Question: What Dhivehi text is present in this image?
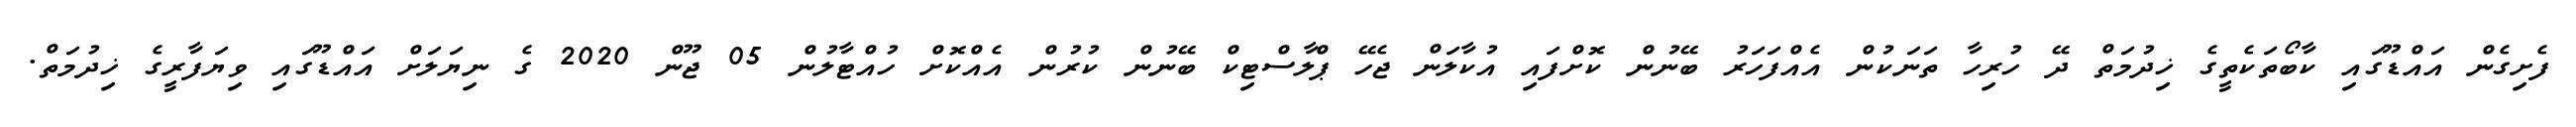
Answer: ފެށިގެން އައްޑޫގައި ކާބޯތަކެތީގެ ޚިދުމަތް ދޭ ހުރިހާ ތަނަކުން އެއްފަހަރު ބޭނުން ކޮށްފައި އުކާލަން ޖެހޭ ޕްލާސްޓިކް ބޭނުން ކުރުން އެއްކޮށް ހުއްޓާލުން 05 ޖޫން 2020 ގެ ނިޔަލަށް އައްޑޫގައި ވިޔަފާރީގެ ޚިދުމަތް.